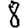
Digit: 8